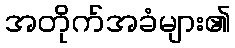
အတိုက်အခံများ၏